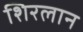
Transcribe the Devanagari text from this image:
शिरलान